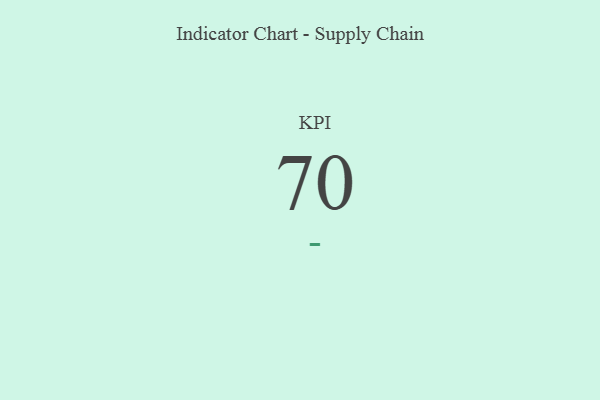
{"axis": {"x": "KPI", "y": "Value"}, "legend": [""], "data": [{"x": "KPI", "y": 70, "type": ""}]}